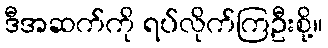
ဒီအဆက်ကို ရပ်လိုက်ကြဦးစို့။